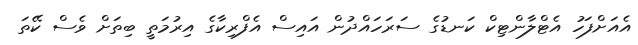
އެއަށްފަހު އެޓްލާންޓިކް ކަނޑުގެ ސަރަހައްދުން އައިސް އެފްރިކާގެ އިރުމަތީ ބިތަށް ވެސް ކޭތަ